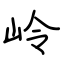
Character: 岭